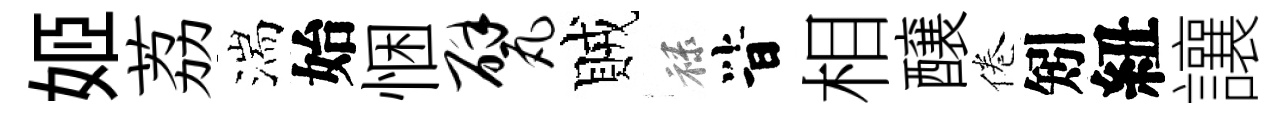
姬荔湍始悃甓賊禄𣅜相醸倦矧紐讓